Insane asylums in Bengal annual reports 1876-1887 - 1876-1887
Year: 1876
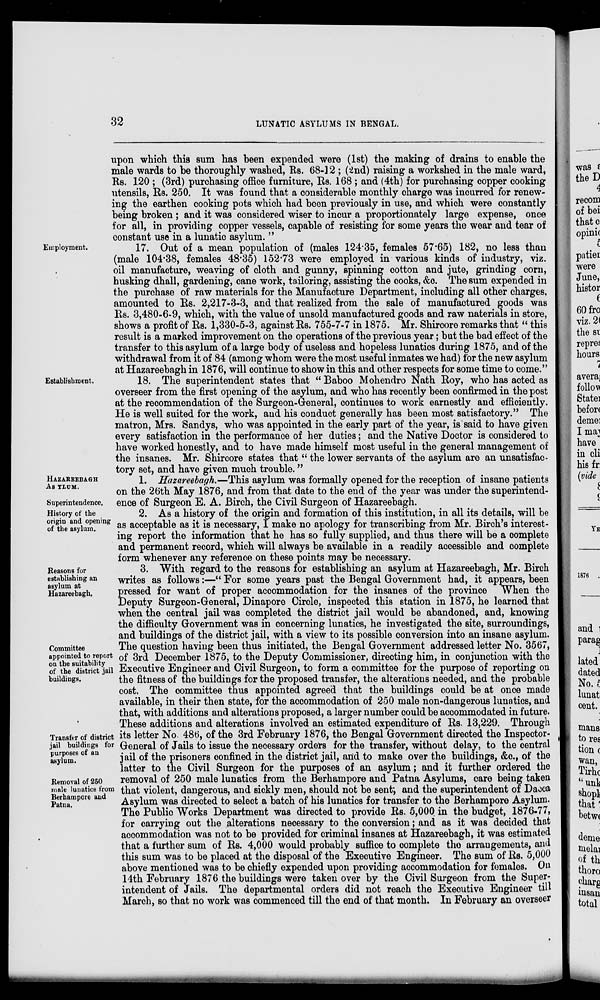
32
LUNATIC ASYLUMS IN BENGAL.
upon which this sum has been expended were (1st) the making of drains to enable the
male wards to be thoroughly washed, Rs. 68-12 ; (2nd) raising a workshed in the male ward,
Rs. 120 ; (3rd) purchasing office furniture, Rs. 168 ; and (4th) for purchasing copper cooking
utensils, Rs. 250. It was found that a considerable monthly charge was incurred for renew-
ing the earthen cooking pots which had boon previously in use, and which were constantly
being broken ; and it was considered wiser to incur a proportionately large expense, once
for all, in providing copper vessels, capable of resisting for some years the wear and tear of
constant use in a lunatic asylum. ”
Employment.
17. Out of a mean population of (males 124.35, females 57.65) 182, no less than
(male 104.38, females 48.35) 152.73 were employed in various kinds of industry, viz.
oil manufacture, weaving of cloth and gunny, spinning cotton and jute, grinding corn,
husking dhall, gardening, cane work, tailoring, assisting the cooks, &c. The sum expended in
the purchase of raw materials for the Manufacture Department, including all other charges,
amounted to Rs. 2,217-3-3, and that realized from the sale of manufactured goods was
Rs. 3,480-6-9, which, with the value of unsold manufactured goods and raw materials in store,
shows a profit of Rs. 1,330-5-3, against Rs. 755-7-7 in 1875. Mr. Shircore remarks that “ this
result is a marked improvement on the operations of the previous year; but the bad effect of the
transfer to this asylum of a large body of useless and hopeless lunatics during 1875, and of the
withdrawal from it of 84 (among whom were the most useful inmates we had) for the new asylum
at Hazareebagh in 1876, will continue to show in this and other respects for some time to come.”
Establishment.
18. The superintendent states that “ Baboo Mohendro Nath Roy, who has acted as
overseer from the first opening of the asylum, and who has recently been confirmed in the post
at the recommendation of the Surgeon-General, continues to work earnestly and efficiently.
He is well suited for the work, and his conduct generally has been most satisfactory.” The
matron, Mrs. Sandys, who was appointed in the early part of the year, is said to have given
every satisfaction in the performance of her duties; and the Native Doctor is considered to
have worked honestly, and to have made himself most useful in the general management of
the insanes. Mr. Shircore states that “ the lower servants of the asylum are an unsatisfac-
tory set, and have given much trouble.”
HAZAREEBAGH
ASYLUM.
Superintendence.
1. Hazareebagh.—This asylum was formally opened for the reception of insane patients
on the 26th May 1876, and from that date to the end of the year was under the superintend-
ence of Surgeon E. A. Birch, the Civil Surgeon of Hazareebagh.
History of the
origin and opening
of the asylum.
2. As a history of the origin and formation of this institution, in all its details, will be
as acceptable as it is necessary, I make no apology for transcribing from Mr. Birch's interest-
ing report the information that he has so fully supplied, and thus there will be a complete
and permanent record, which will always be available in a readily accessible and complete
form whenever any reference on these points may be necessary.
Reasons for
establishing an
asylum at
Hazareebagh.
Committee
appointed to report
on the suitability
of the district jail
buildings.
Transfer of district
jail buildings for
purposes of an
asylum.
Removal of 250
male lunatics from
Berhampore and
Patna.
3. With regard to the reasons for establishing an asylum at Hazareebagh, Mr. Birch
writes as follows:—“ For some years past the Bengal Government had, it appears, been
pressed for want of proper accommodation for the insanes of the province When the
Deputy Surgeon-General, Dinapore Circle, inspected this station in 1875, he learned that
when the central jail was completed the district jail would be abandoned, and, knowing
the difficulty Government was in concerning lunatics, he investigated the site, surroundings,
and buildings of the district jail, with a view to its possible conversion into an insane asylum.
The question having been thus initiated, the Bengal Government addressed letter No. 3567,
of 3rd December 1875, to the Deputy Commissioner, directing him, in conjunction with the
Executive Engineer and Civil Surgeon, to form a committee for the purpose of reporting on
the fitness of the buildings for the proposed transfer, the alterations needed, and the probable
cost. The committee thus appointed agreed that the buildings could be at once made
available, in their then state, for the accommodation of 250 male non-dangerous lunatics, and
that, with additions and alterations proposed, a larger number could be accommodated in future.
These additions and alterations involved an estimated expenditure of Rs. 13,229. Through
its letter No. 486, of the 3rd February 1876, the Bengal Government directed the Inspector-
General of Jails to issue the necessary orders for the transfer, without delay, to the central
jail of the prisoners confined in the district jail, and to make over the buildings, &c., of the
latter to the Civil Surgeon for the purposes of an asylum; and it further ordered the
removal of 250 male lunatics from the Berhampore and Patna Asylums, care being taken
that violent, dangerous, and sickly men, should not be sent; and the superintendent of Dacca
Asylum was directed to select a batch of his lunatics for transfer to the Berhampore Asylum.
The Public Works Department was directed to provide Rs. 5,000 in the budget, 1876-77,
for carrying out the alterations necessary to the conversion; and as it was decided that
accommodation was not to be provided for criminal insanes at Hazareebagh, it was estimated
that a further sum of Rs. 4,000 would probably suffice to complete the arrangements, and
this sum was to be placed at the disposal of the Executive Engineer. The sum of Rs. 5,000
above mentioned was to be chiefly expended upon providing accommodation for females. On
14th February 1876 the buildings were taken over by the Civil Surgeon from the Super-
intendent of Jails. The departmental orders did not reach the Executive Engineer till
March, so that no work was commenced till the end of that month. In February an overseer